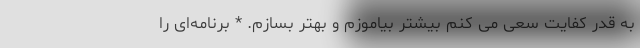
به قدر کفایت سعی می کنم بیشتر بیاموزم و بهتر بسازم. * برنامه‌ای را